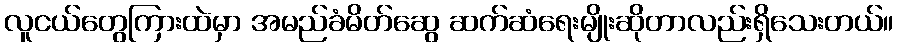
လူငယ်တွေကြားထဲမှာ အမည်ခံမိတ်ဆွေ ဆက်ဆံရေးမျိုးဆိုတာလည်းရှိသေးတယ်။